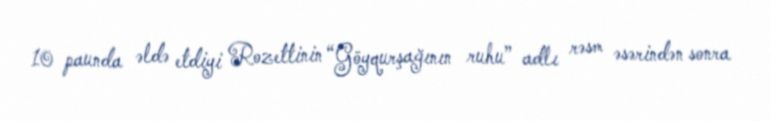
10 paunda əldə etdiyi Rozettinin “Göyqurşağının ruhu” adlı rəsm əsərindən sonra